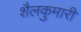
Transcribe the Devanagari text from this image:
शैलकुमारी